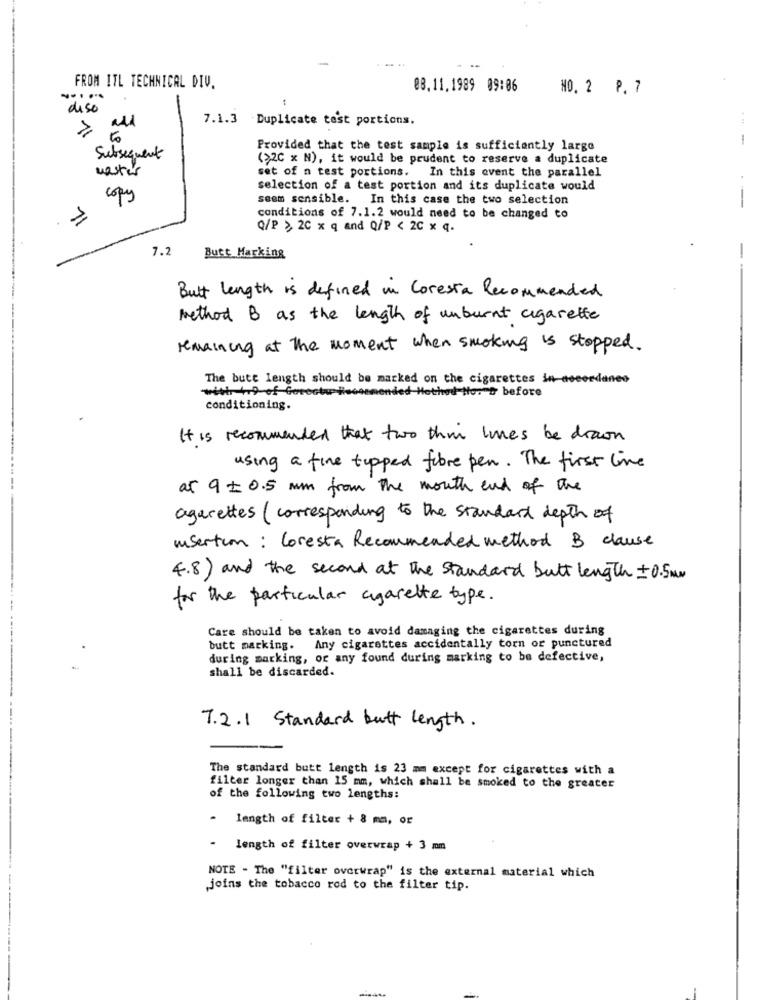
-
FROM ITL TECHNICAL DIV.
08.11.1989 09:06
NO. 2 P. 7
dico
7.1.3 Duplicate test portions.
Provided that the test sample is sufficiently largo
Subsequent
(>2C x N), it would be prudent to reserve a duplicate
master
set of a test portions. In this event the parallel
selection of a test portion and its duplicate would
copy
seem sensible. In this case the two selection
-
conditions of 7.1.2 would need to be changed to
Q/P > 20 x q and Q/P < 2C x q.
7.2
Butt Marking
Butt length is defined in Coresta Recommended
Method B as the length of unburnt cigarette
remaining at the moment when smoking is stopped .
The butt length should be marked on the cigarettes in decordanes
nded Hethad No:"D before
conditioning.
It is recommended that two thin lines be drawn
using a fine tipped fibre pen . The first line
at 9 + 0.5 mm from the mouth end of the
agarettes (corresponding to the standard depth of
unsertim: Coresta Recommended method B clause
4.8) and the second at the Standard butt length = 0.5 MM
for the particular agarette type.
Care should be taken to avoid damaging the cigarettes during
butt marking. Any cigarettes accidentally torn or punctured
during marking, or any found during marking to be defective,
shall be discarded.
7.2.1 Standard butt length.
The standard butt length is 23 mm except for cigarettes with a
filter longer than 15 mm, which shall be smoked to the greater
of the following two lengths:
-
length of filter + 8 mm, or
- length of filter overwrap + 3 mm
NOTE - The "filter overwrap" is the external material which
joins the tobacco rod to the filter tip.